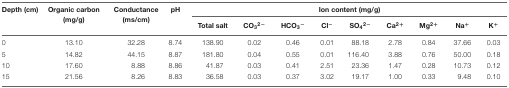
<table><thead><tr><td><b>Depth (cm)</b></td><td><b>Organic carbon (mg/g)</b></td><td><b>Conductance (ms/cm)</b></td><td><b>pH</b></td><td colspan="6"><b>Ion content (mg/g)</b></td></tr><tr><td></td><td></td><td></td><td></td><td><b>Total salt</b></td><td><b>CO<sub>3</sub><sup>2-</sup></b></td><td><b>HCO<sub>3</sub><sup>-</sup></b></td><td><b>Cl<sup>-</sup></b></td><td><b>SO<sub>4</sub><sup>2-</sup></b></td><td><b>Ca<sup>2+</sup></b></td><td><b>Mg<sup>2+</sup></b></td><td><b>Na<sup>+</sup></b></td><td><b>K<sup>+</sup></b></td></tr></thead><tbody><tr><td>0</td><td>13.10</td><td>32.28</td><td>8.74</td><td>138.90</td><td>0.02</td><td>0.46</td><td>0.01</td><td>88.18</td><td>2.78</td><td>0.84</td><td>37.66</td><td>0.03</td></tr><tr><td>5</td><td>14.82</td><td>44.15</td><td>8.87</td><td>181.80</td><td>0.04</td><td>0.55</td><td>0.01</td><td>116.40</td><td>3.88</td><td>0.76</td><td>50.00</td><td>0.18</td></tr><tr><td>10</td><td>17.60</td><td>8.88</td><td>8.86</td><td>41.87</td><td>0.03</td><td>0.41</td><td>2.51</td><td>23.36</td><td>1.47</td><td>0.28</td><td>10.73</td><td>0.12</td></tr><tr><td>15</td><td>21.56</td><td>8.26</td><td>8.83</td><td>36.58</td><td>0.03</td><td>0.37</td><td>3.02</td><td>19.17</td><td>1.00</td><td>0.33</td><td>9.48</td><td>0.10</td></tr></tbody></table>